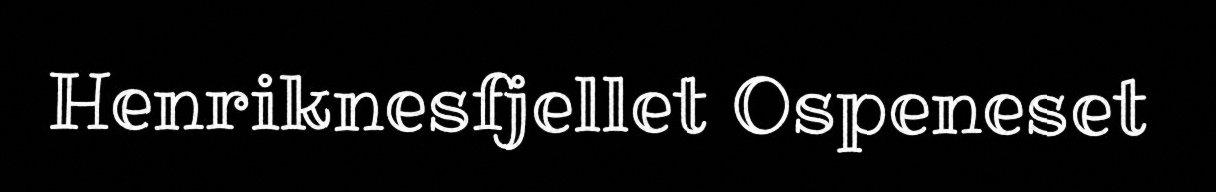
Henriknesfjellet Ospeneset